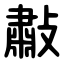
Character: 㪩